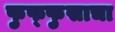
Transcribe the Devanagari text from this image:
फुफ्‍फुसाचा